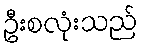
ဦးစလုံးသည်